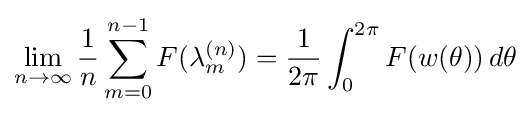
\lim _{n\rightarrow \infty }{\frac {1}{n}}\sum _{m=0}^{n-1}F(\lambda _{m}^{(n)})={\frac {1}{2\pi }}\int _{0}^{2\pi }F(w(\theta ))\,d\theta